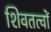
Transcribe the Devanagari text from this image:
शिवतत्वों